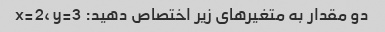
دو مقدار به متغیرهای زیر اختصاص دهید: x=2، y=3